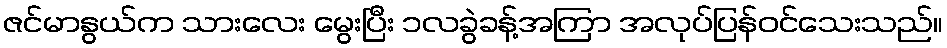
ဇင်မာနွယ်က သားလေး မွေးပြီး ၁လခွဲခန့်အကြာ အလုပ်ပြန်ဝင်သေးသည်။